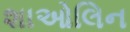
શાઓલિન